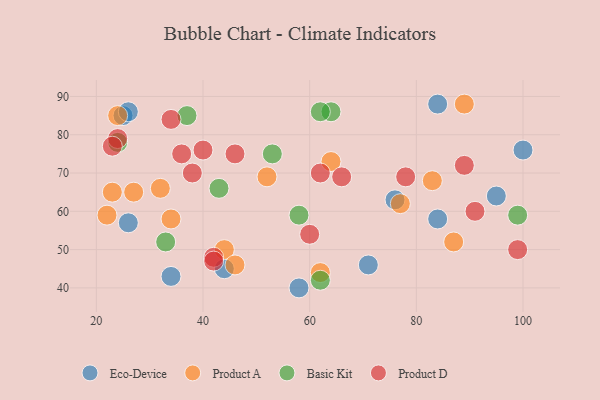
{"axis": {"x": "GDP", "y": "Life Expectancy"}, "legend": ["Basic Kit", "Eco-Device", "Product A", "Product D"], "data": [{"x": "84", "y": 58, "type": "Eco-Device"}, {"x": "71", "y": 46, "type": "Eco-Device"}, {"x": "95", "y": 64, "type": "Eco-Device"}, {"x": "25", "y": 85, "type": "Eco-Device"}, {"x": "44", "y": 45, "type": "Eco-Device"}, {"x": "100", "y": 76, "type": "Eco-Device"}, {"x": "26", "y": 86, "type": "Eco-Device"}, {"x": "84", "y": 88, "type": "Eco-Device"}, {"x": "34", "y": 43, "type": "Eco-Device"}, {"x": "76", "y": 63, "type": "Eco-Device"}, {"x": "58", "y": 40, "type": "Eco-Device"}, {"x": "26", "y": 57, "type": "Eco-Device"}, {"x": "24", "y": 85, "type": "Product A"}, {"x": "32", "y": 66, "type": "Product A"}, {"x": "83", "y": 68, "type": "Product A"}, {"x": "52", "y": 69, "type": "Product A"}, {"x": "44", "y": 50, "type": "Product A"}, {"x": "27", "y": 65, "type": "Product A"}, {"x": "62", "y": 44, "type": "Product A"}, {"x": "34", "y": 58, "type": "Product A"}, {"x": "89", "y": 88, "type": "Product A"}, {"x": "23", "y": 65, "type": "Product A"}, {"x": "77", "y": 62, "type": "Product A"}, {"x": "22", "y": 59, "type": "Product A"}, {"x": "87", "y": 52, "type": "Product A"}, {"x": "64", "y": 73, "type": "Product A"}, {"x": "46", "y": 46, "type": "Product A"}, {"x": "62", "y": 42, "type": "Basic Kit"}, {"x": "33", "y": 52, "type": "Basic Kit"}, {"x": "64", "y": 86, "type": "Basic Kit"}, {"x": "43", "y": 66, "type": "Basic Kit"}, {"x": "24", "y": 78, "type": "Basic Kit"}, {"x": "99", "y": 59, "type": "Basic Kit"}, {"x": "58", "y": 59, "type": "Basic Kit"}, {"x": "37", "y": 85, "type": "Basic Kit"}, {"x": "62", "y": 86, "type": "Basic Kit"}, {"x": "53", "y": 75, "type": "Basic Kit"}, {"x": "42", "y": 48, "type": "Product D"}, {"x": "40", "y": 76, "type": "Product D"}, {"x": "46", "y": 75, "type": "Product D"}, {"x": "62", "y": 70, "type": "Product D"}, {"x": "24", "y": 79, "type": "Product D"}, {"x": "89", "y": 72, "type": "Product D"}, {"x": "91", "y": 60, "type": "Product D"}, {"x": "42", "y": 47, "type": "Product D"}, {"x": "99", "y": 50, "type": "Product D"}, {"x": "78", "y": 69, "type": "Product D"}, {"x": "23", "y": 77, "type": "Product D"}, {"x": "34", "y": 84, "type": "Product D"}, {"x": "66", "y": 69, "type": "Product D"}, {"x": "60", "y": 54, "type": "Product D"}, {"x": "38", "y": 70, "type": "Product D"}, {"x": "36", "y": 75, "type": "Product D"}]}